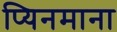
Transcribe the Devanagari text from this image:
प्यिनमाना